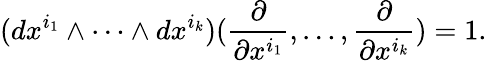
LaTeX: (dx^{i_{1}}\wedge\cdots\wedge dx^{i_{k}})({\frac{\partial}{\partial x^{i_{1}}}},\ldots,{\frac{\partial}{\partial x^{i_{k}}}})=1.